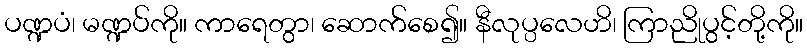
ပဏ္ဍပံ၊ မဏ္ဍပ်ကို။ ကာရေတွာ၊ ဆောက်စေ၍။ နီလုပ္ပလေဟိ၊ ကြာညိုပွင့်တို့ကို။